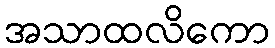
အသာထလိကော